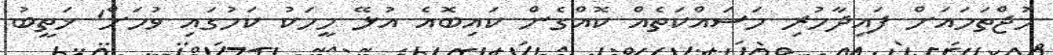
މުޖްތަމައަށް ފައިދާހުރި މަސައްކަތެއް ކޮއްގެން ކައިބޮއެ އުޅޭ މީހަކު ކަމުގައި ވުމަށް' ޚަތީބު